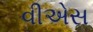
વીએસ